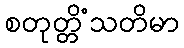
စတုတ္တိံသတိမာ